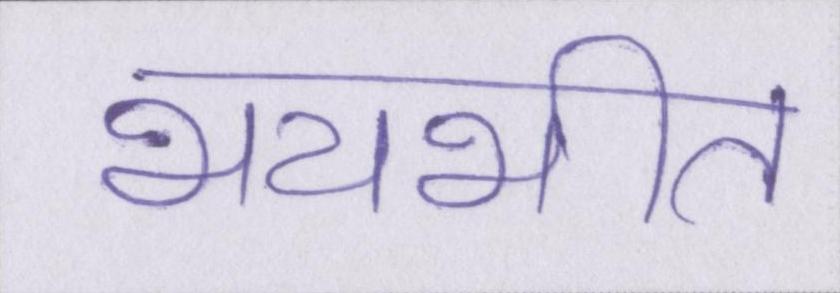
भयभीत